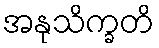
အနုသိက္ခတိ